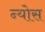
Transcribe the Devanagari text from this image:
न्योस